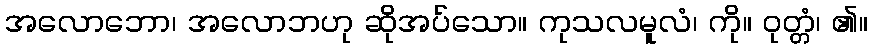
အလောဘော၊ အလောဘဟု ဆိုအပ်သော။ ကုသလမူလံ၊ ကို။ ဝုတ္တံ၊ ၏။